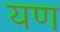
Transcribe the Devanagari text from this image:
यण